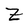
Character: Z